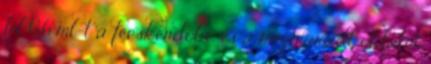
fel 0,6 ml-t a fecskendőbe, és a megmaradt oldatot